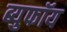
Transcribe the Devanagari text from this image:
ब्युफॉय